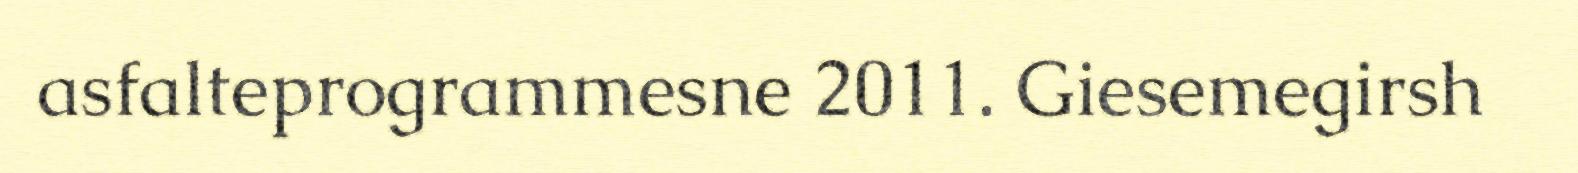
asfalteprogrammesne 2011. Giesemegirsh